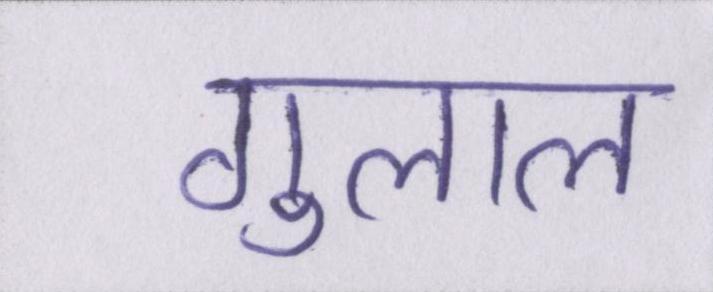
गुलाल